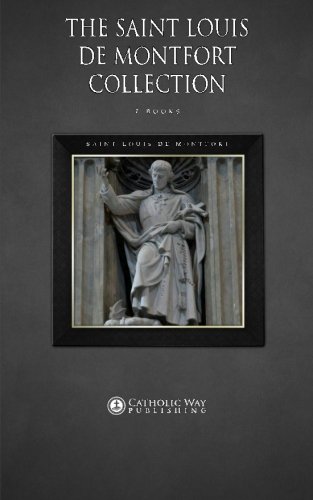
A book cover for The Saint Louis de Montfort Collection: 7 Books; Saint Louis de Montfort; Christian Books & Bibles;